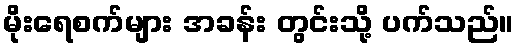
မိုးရေစက်များ အခန်း တွင်းသို့ ပက်သည်။